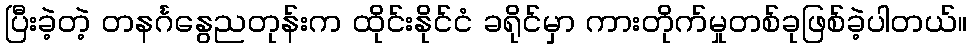
ပြီးခဲ့တဲ့ တနင်္ဂနွေညတုန်းက ထိုင်းနိုင်ငံ ခရိုင်မှာ ကားတိုက်မှုတစ်ခုဖြစ်ခဲ့ပါတယ်။